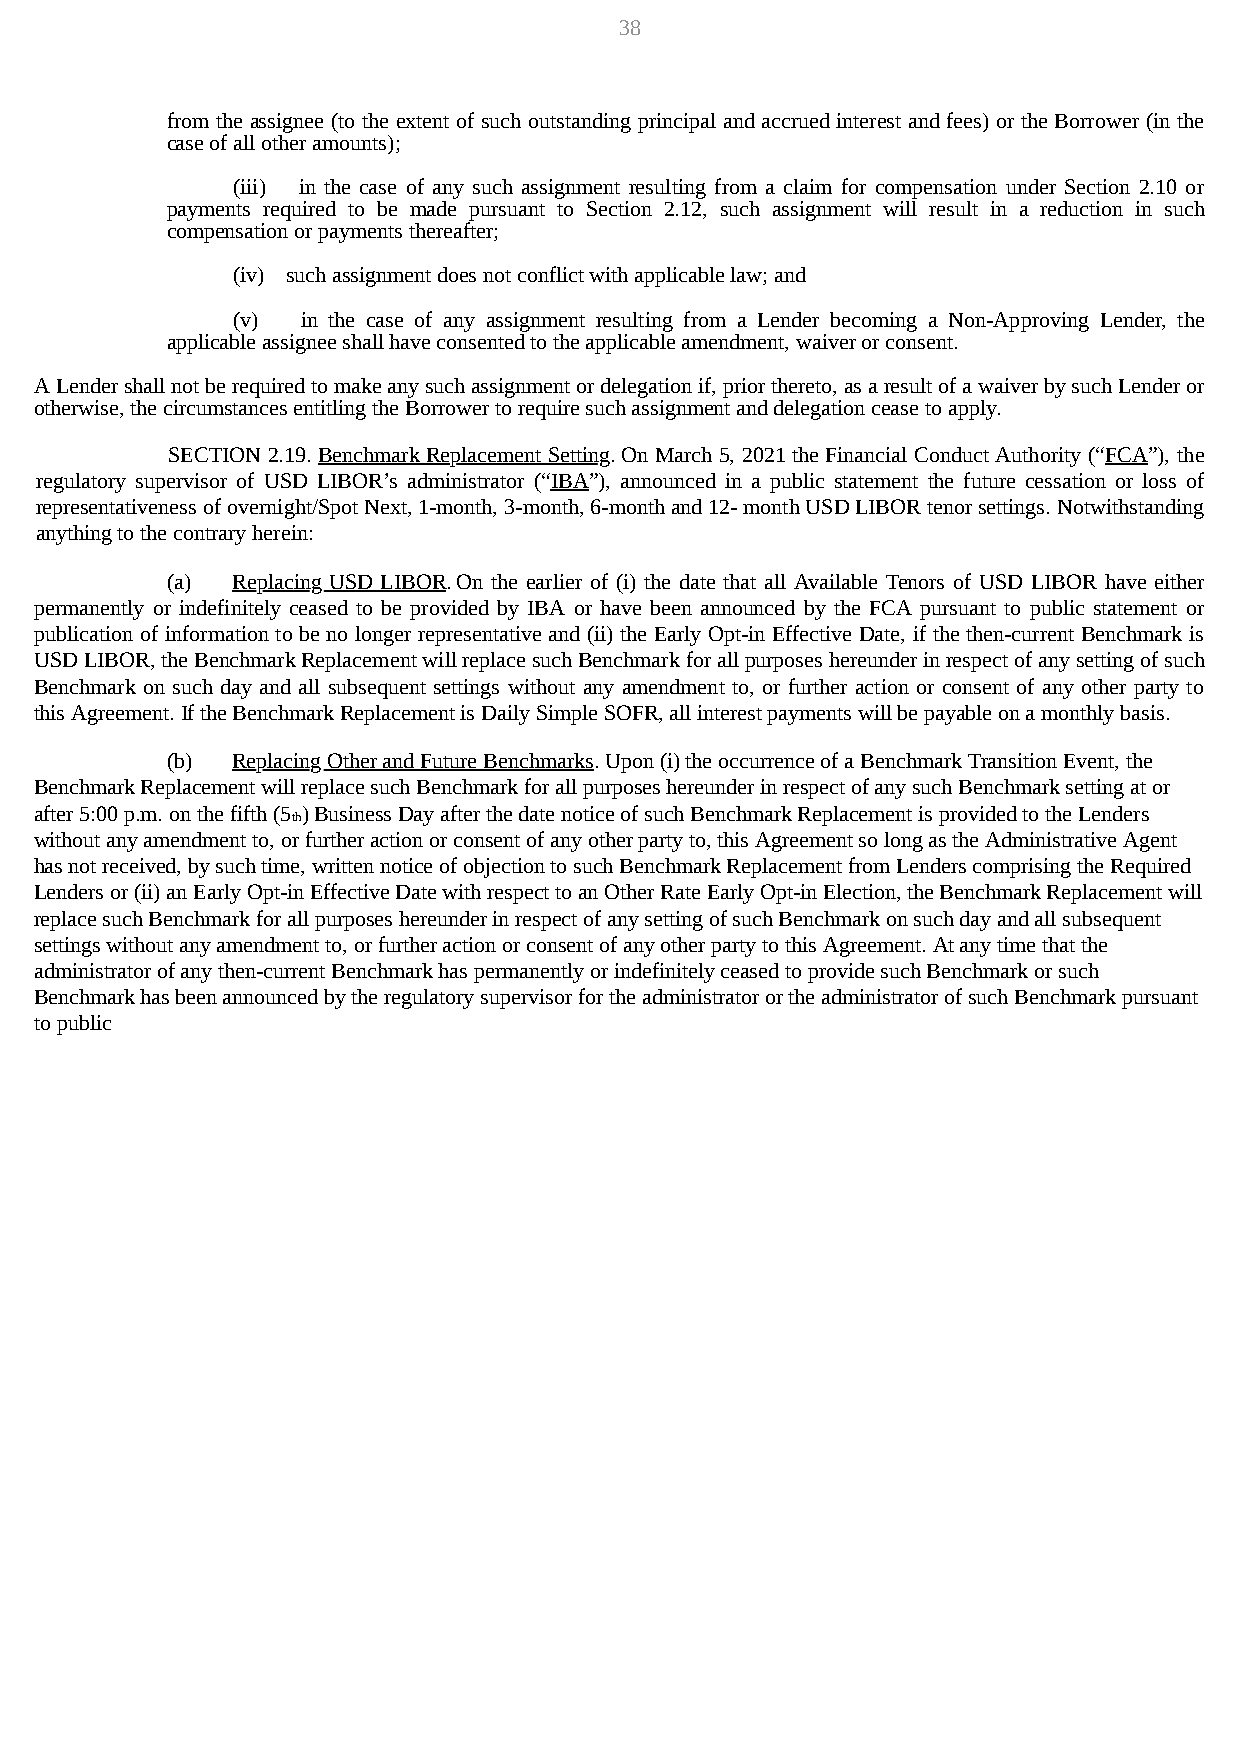
38
 from the assignee (to the extent of such outstanding principal and accrued interest and fees) or the Borrower (in the
 case of all other amounts);
 (iii) in the case of any such assignment resulting from a claim for compensation under Section 2.10 or
 payments required to be made pursuant to Section 2.12, such assignment will result in a reduction in such
 compensation or payments thereafter;
 (iv) such assignment does not conflict with applicable law; and
 (v)  in the case of any assignment resulting from a Lender becoming a Non-Approving Lender, the
 applicable assignee shall have consented to the applicable amendment, waiver or consent.
 A Lender shall not be required to make any such assignment or delegation if, prior thereto, as a result of a waiver by such Lender or
 otherwise, the circumstances entitling the Borrower to require such assignment and delegation cease to apply.
 SECTION 2.19. Benchmark Replacement Setting. On March 5, 2021 the Financial Conduct Authority (“FCA”), the
 regulatory supervisor of USD LIBOR’s administrator (“IBA”), announced in a public statement the future cessation or loss of
 representativeness of overnight/Spot Next, 1-month, 3-month, 6-month and 12- month USD LIBOR tenor settings. Notwithstanding
 anything to the contrary herein:
 (a) Replacing USD LIBOR.On the earlier of (i) the date that all Available Tenors of USD LIBOR have either
 permanently or indefinitely ceased to be provided by IBA or have been announced by the FCA pursuant to public statement or
 publication of information to be no longer representative and (ii) the Early Opt-in Effective Date, if the then-current Benchmark is
 USD LIBOR, the Benchmark Replacement will replace such Benchmark for all purposes hereunder in respect of any setting of such
 Benchmark on such day and all subsequent settings without any amendment to, or further action or consent of any other party to
 this Agreement. If the Benchmark Replacement is Daily Simple SOFR, all interest payments will be payable on a monthly basis.
 (b) Replacing Other and Future Benchmarks. Upon (i) the occurrence of a Benchmark Transition Event, the
 Benchmark Replacement will replace such Benchmark for all purposes hereunder in respect of any such Benchmark setting at or
 after 5:00 p.m. on the fifth (5 ) Business Day after the date notice of such Benchmark Replacement is provided to the Lenders
 th
 without any amendment to, or further action or consent of any other party to, this Agreement so long as the Administrative Agent
 has not received, by such time, written notice of objection to such Benchmark Replacement from Lenders comprising the Required
 Lenders or (ii) an Early Opt-in Effective Date with respect to an Other Rate Early Opt-in Election, the Benchmark Replacement will
 replace such Benchmark for all purposes hereunder in respect of any setting of such Benchmark on such day and all subsequent
 settings without any amendment to, or further action or consent of any other party to this Agreement. At any time that the
 administrator of any then-current Benchmark has permanently or indefinitely ceased to provide such Benchmark or such
 Benchmark has been announced by the regulatory supervisor for the administrator or the administrator of such Benchmark pursuant
 to public